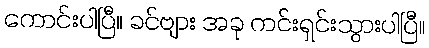
ကောင်းပါပြီ။ ခင်ဗျား အခု ကင်းရှင်းသွားပါပြီ။